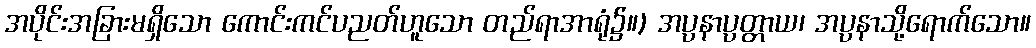
အပိုင်းအခြားမရှိသော ကောင်းကင်ပညတ်ဟူသော တည်ရာအာရုံ၌။) အပ္ပနာပ္ပတ္တာယ၊ အပ္ပနာသို့ရောက်သော။